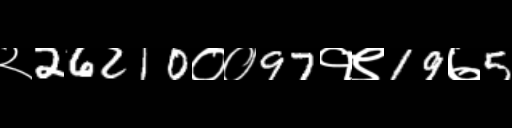
Text: २26210००97१९19७5